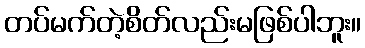
တပ်မက်တဲ့စိတ်လည်းမဖြစ်ပါဘူး။